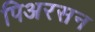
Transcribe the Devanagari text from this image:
पिअरसन